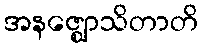
အနဇ္ဈောသိတာတိ